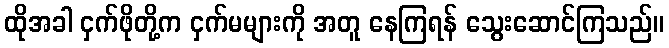
ထိုအခါ ငှက်ဖိုတို့က ငှက်မများကို အတူ နေကြရန် သွေးဆောင်ကြသည်။